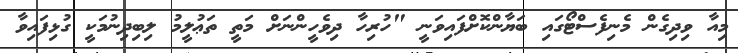
މިއާ ވިދިގެން މެނިފެސްޓޯގައި ބަޔާންކޮށްފައިވަނީ "ހުރިހާ ދިވެހީންނަށް މަތީ ތަޢުލީމު ލިބިދިނުމަކީ ގުޅިފައިވާ